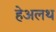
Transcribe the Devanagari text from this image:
हेअलथ